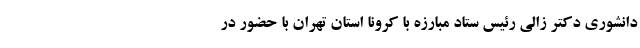
دانشوری دکتر زالی رئیس ستاد مبارزه با کرونا استان تهران با حضور در